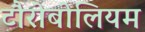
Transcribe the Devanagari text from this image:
टौरोबोलियम